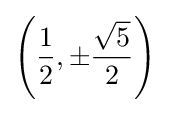
\left({\frac {1}{2}},\pm {\frac {\sqrt {5}}{2}}\right)